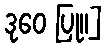
ဒုဝေ ပြု။]